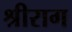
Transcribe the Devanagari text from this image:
श्रीराग